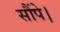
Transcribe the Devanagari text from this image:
सौंपे।